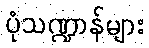
ပုံသဏ္ဍာန်များ